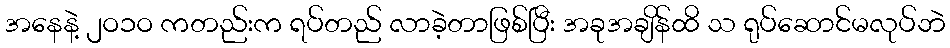
အနေနဲ့ ၂ဝ၁ဝ ကတည်းက ရပ်တည် လာခဲ့တာဖြစ်ပြီး အခုအချိန်ထိ သ ရုပ်ဆောင်မလုပ်ဘဲ